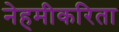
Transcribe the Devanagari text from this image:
नेहमीकरिता